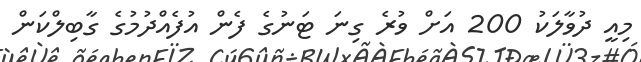
މިއީ ދުވާލަކު 200 އަށް ވުރެ ގިނަ ޓަނުގެ ފެން އުފެއްދުމުގެ ގާބިލްކަން